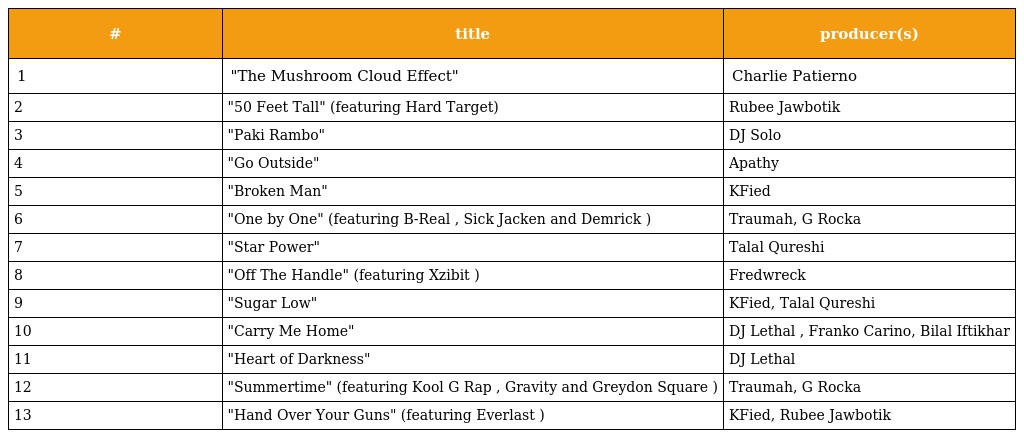
| # | title | producer(s) |
 | --- | --- | --- |
 | 1 | "The Mushroom Cloud Effect" | Charlie Patierno |
 | 2 | "50 Feet Tall" (featuring Hard Target) | Rubee Jawbotik |
 | 3 | "Paki Rambo" | DJ Solo |
 | 4 | "Go Outside" | Apathy |
 | 5 | "Broken Man" | KFied |
 | 6 | "One by One" (featuring B-Real , Sick Jacken and Demrick ) | Traumah, G Rocka |
 | 7 | "Star Power" | Talal Qureshi |
 | 8 | "Off The Handle" (featuring Xzibit ) | Fredwreck |
 | 9 | "Sugar Low" | KFied, Talal Qureshi |
 | 10 | "Carry Me Home" | DJ Lethal , Franko Carino, Bilal Iftikhar |
 | 11 | "Heart of Darkness" | DJ Lethal |
 | 12 | "Summertime" (featuring Kool G Rap , Gravity and Greydon Square ) | Traumah, G Rocka |
 | 13 | "Hand Over Your Guns" (featuring Everlast ) | KFied, Rubee Jawbotik |